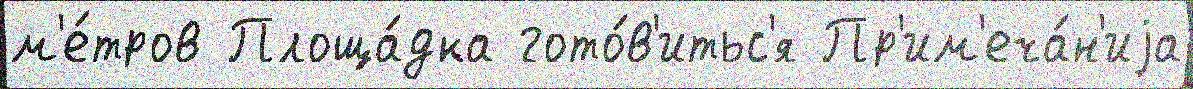
м'е́тров Площа́дка гото́в'итьс'я Пр'им'еча́н'иjа